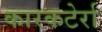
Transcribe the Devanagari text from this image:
कारकटेर्रा